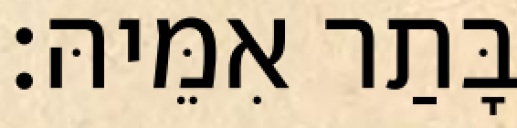
בָּתַר אִמֵּיהּ׃